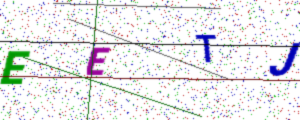
Text: EETJ